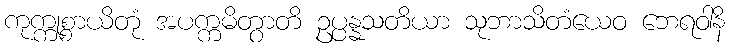
ကုက္ကုစ္စာယိတုံ အပက္ကမိတွာတိ ဥပ္ပန္နသတိယာ သုဘာသိတံယေဝ ဘေရဝါနိ